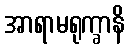
အာရာမရုက္ခာနိ